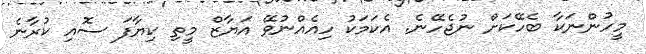
މީހުންނަކާ ބެހޭކަށް ނުޖެހޭނެ. އެކަމަކު ހިއެއްނުވޭ އަޔާޒް މީތި ކިޔާފަ ސޮއި ކުރާނެ